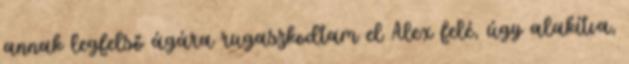
annak legfelső ágára rugaszkodtam el Alex felé, úgy alakítva,